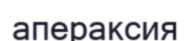
апераксия